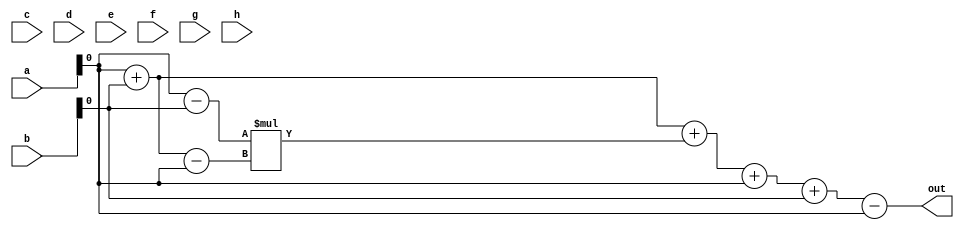
module satlarge(input[1:0]  a, input[1:0]  b,
  input  [1:0] c,
  input  [1:0] d,
  input  [1:0] e,
  input [1:0] f,
  input [1:0] g,
  input[1:0]  h,
  output [1:0] out
);

   wire   out_1;
   wire   out_2;
   wire   out_3;
   
  assign out_1 = a + b;
  assign out_2 = a - b;
  assign out_3 = a + b - a;
  //assign ei = - a - b;

   wire  as = a;
   wire  bs = b;

 
  assign out = out_1+out_2*out_3+as + bs - as;
  

endmodule